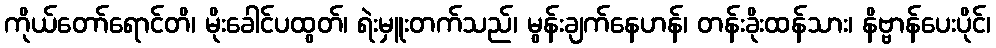
ကိုယ်တော်ရောင်တိ၊ မိုးခေါင်ပထွတ်၊ ရဲးမှူးတက်သည်၊ မွန်းချက်နေဟန်၊ တန်းခိုးထန်သား၊ နိဗ္ဗာန်ပေးပိုင်၊